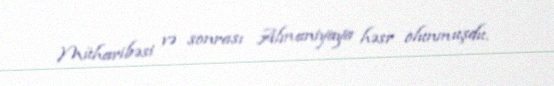
Müharibəsi və sonrası Almaniyaya həsr olunmuşdu.